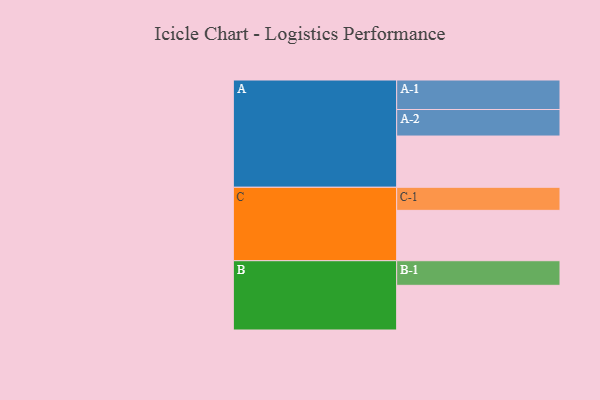
{"axis": {"x": "Segment", "y": "Value"}, "legend": ["", "A", "B", "C"], "data": [{"x": "A", "y": 460, "type": ""}, {"x": "B", "y": 401, "type": ""}, {"x": "C", "y": 452, "type": ""}, {"x": "A-1", "y": 265, "type": "A"}, {"x": "A-2", "y": 238, "type": "A"}, {"x": "B-1", "y": 221, "type": "B"}, {"x": "C-1", "y": 207, "type": "C"}]}